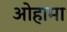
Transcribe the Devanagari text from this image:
ओहामा